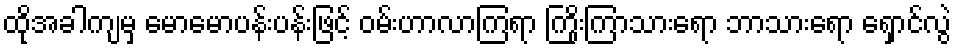
ထိုအခါကျမှ မောမောပန်းပန်းဖြင့် ဝမ်းဟာလာကြရာ ကြိုးကြာသားရော ဘာသားရော ရှောင်လွဲ